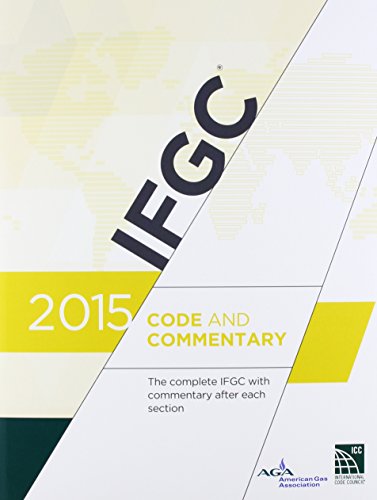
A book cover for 2015 International Fuel Gas Code Commentary; International Code Council; Science & Math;